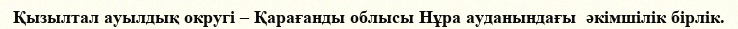
Қызылтал ауылдық округі – Қарағанды облысы Нұра ауданындағы  әкімшілік бірлік.